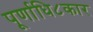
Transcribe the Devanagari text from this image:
पूर्णाधि८कार